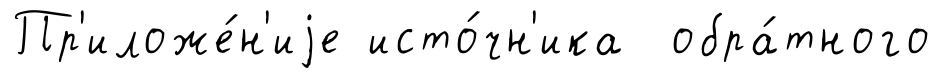
Пр'иложе́н'иjе исто́чн'ика обра́тного